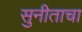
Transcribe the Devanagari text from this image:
सुनीताचा